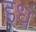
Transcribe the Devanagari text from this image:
इधं